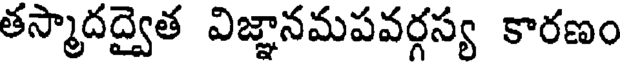
తస్మాదద్వైత విజ్ఞానమపవర్గస్య కారణం